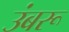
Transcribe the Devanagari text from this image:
उंबरू